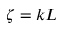
\zeta = k L